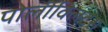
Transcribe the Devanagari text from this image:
पोलीक्लिटस